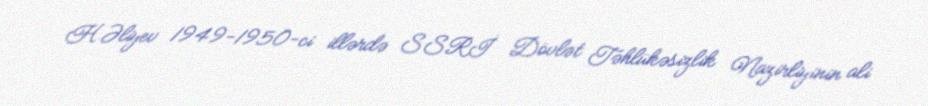
H.Əliyev 1949-1950-ci illərdə SSRİ Dövlət Təhlükəsizlik Nazirliyinin ali